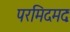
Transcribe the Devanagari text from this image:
परमिदमदः